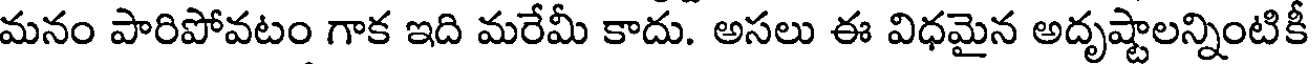
మనం పారిపోవటం గాక ఇది మరేమీ కాదు. అసలు ఈ విధమైన అదృష్టాలన్నింటికీ